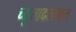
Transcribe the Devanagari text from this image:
च्युतादत्ताक्षरा